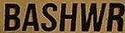
BASHWR